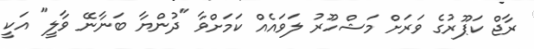
ރާޖް ކަޕޫރުގެ ވަރަށް މަޝްހޫރު ލަވައެއް ކަމަށްވާ "ދުންޔާ ބަނާނޭ ވާލީ" އަކީ